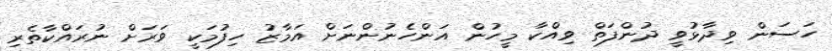
ހަސަން ވިދާޅުވީ ދުންފަތް ވިއްކާ މީހުން އަންހެނުންނަށް އަމާޒު ހިފުމަކީ ވަރަށް ނުރައްކާތެރި